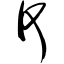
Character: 何